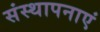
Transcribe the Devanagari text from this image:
संस्थापनाएं